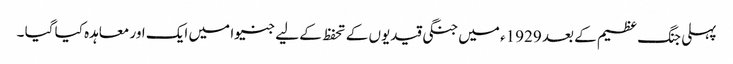
پہلی جنگ عظیم کے بعد 1929ء میں جنگی قیدیوں کے تحفظ کے لیے جنیوا میں ایک اور معاہدہ کیا گیا ۔